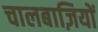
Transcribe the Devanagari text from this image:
चालबाज़ियों